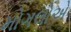
મોગલોએ